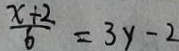
\frac { x + 2 } { 6 } = 3 y - 2